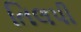
તિલપી